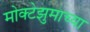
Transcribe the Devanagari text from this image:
मोक्टेझुमाच्या